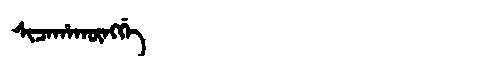
Manchu: ᠰᡳᠴᠠᡥᠠᡴᡡᠩᡤᡝ
Romanization: SICAHAKŪNGGE